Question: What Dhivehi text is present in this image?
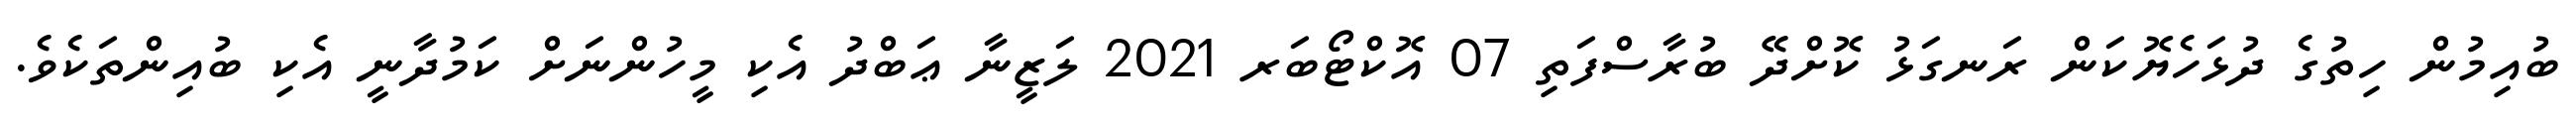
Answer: ބުއިމުން ހިތުގެ ދުޅަހެޔޮކަން ރަނގަޅު ކޮށްދޭ ބުރާސްފަތި 07 އޮކްޓޯބަރ 2021 ލަޒީނާ ޢަބްދު އެކި މީހުންނަށް ކަމުދާނީ އެކި ބުއިންތަކެވެ.